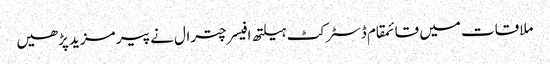
ملاقات میں قائمقام ڈسٹرکٹ ہیلتھ افیسر چترال نے پیر مزید پڑھیں